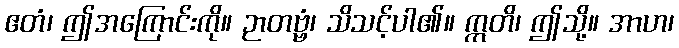
ဧတံ၊ ဤအကြောင်းကို။ ဉာတဗ္ဗံ၊ သိသင့်ပါ၏။ ဣတိ၊ ဤသို့။ အာဟ၊